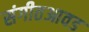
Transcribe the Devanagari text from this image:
संगीतआवड